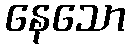
နေသော